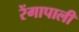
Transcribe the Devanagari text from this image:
रेंगापाली